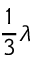
\frac 1 3 \lambda